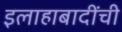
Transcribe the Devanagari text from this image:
इलाहाबादींची